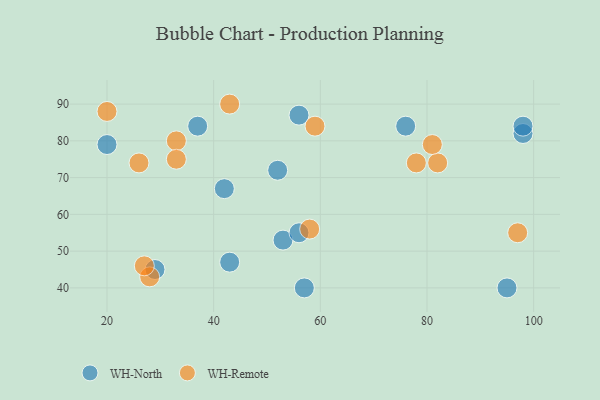
{"axis": {"x": "GDP", "y": "Life Expectancy"}, "legend": ["WH-North", "WH-Remote"], "data": [{"x": "98", "y": 82, "type": "WH-North"}, {"x": "53", "y": 53, "type": "WH-North"}, {"x": "95", "y": 40, "type": "WH-North"}, {"x": "56", "y": 87, "type": "WH-North"}, {"x": "37", "y": 84, "type": "WH-North"}, {"x": "52", "y": 72, "type": "WH-North"}, {"x": "56", "y": 55, "type": "WH-North"}, {"x": "42", "y": 67, "type": "WH-North"}, {"x": "20", "y": 79, "type": "WH-North"}, {"x": "43", "y": 47, "type": "WH-North"}, {"x": "57", "y": 40, "type": "WH-North"}, {"x": "29", "y": 45, "type": "WH-North"}, {"x": "98", "y": 84, "type": "WH-North"}, {"x": "76", "y": 84, "type": "WH-North"}, {"x": "58", "y": 56, "type": "WH-Remote"}, {"x": "59", "y": 84, "type": "WH-Remote"}, {"x": "33", "y": 80, "type": "WH-Remote"}, {"x": "26", "y": 74, "type": "WH-Remote"}, {"x": "82", "y": 74, "type": "WH-Remote"}, {"x": "28", "y": 43, "type": "WH-Remote"}, {"x": "27", "y": 46, "type": "WH-Remote"}, {"x": "97", "y": 55, "type": "WH-Remote"}, {"x": "81", "y": 79, "type": "WH-Remote"}, {"x": "20", "y": 88, "type": "WH-Remote"}, {"x": "33", "y": 75, "type": "WH-Remote"}, {"x": "43", "y": 90, "type": "WH-Remote"}, {"x": "78", "y": 74, "type": "WH-Remote"}]}